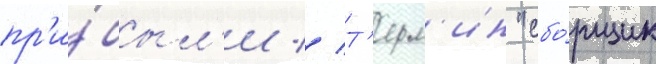
пр'и́был'и // Т'ерм'ин "сбо́рщик